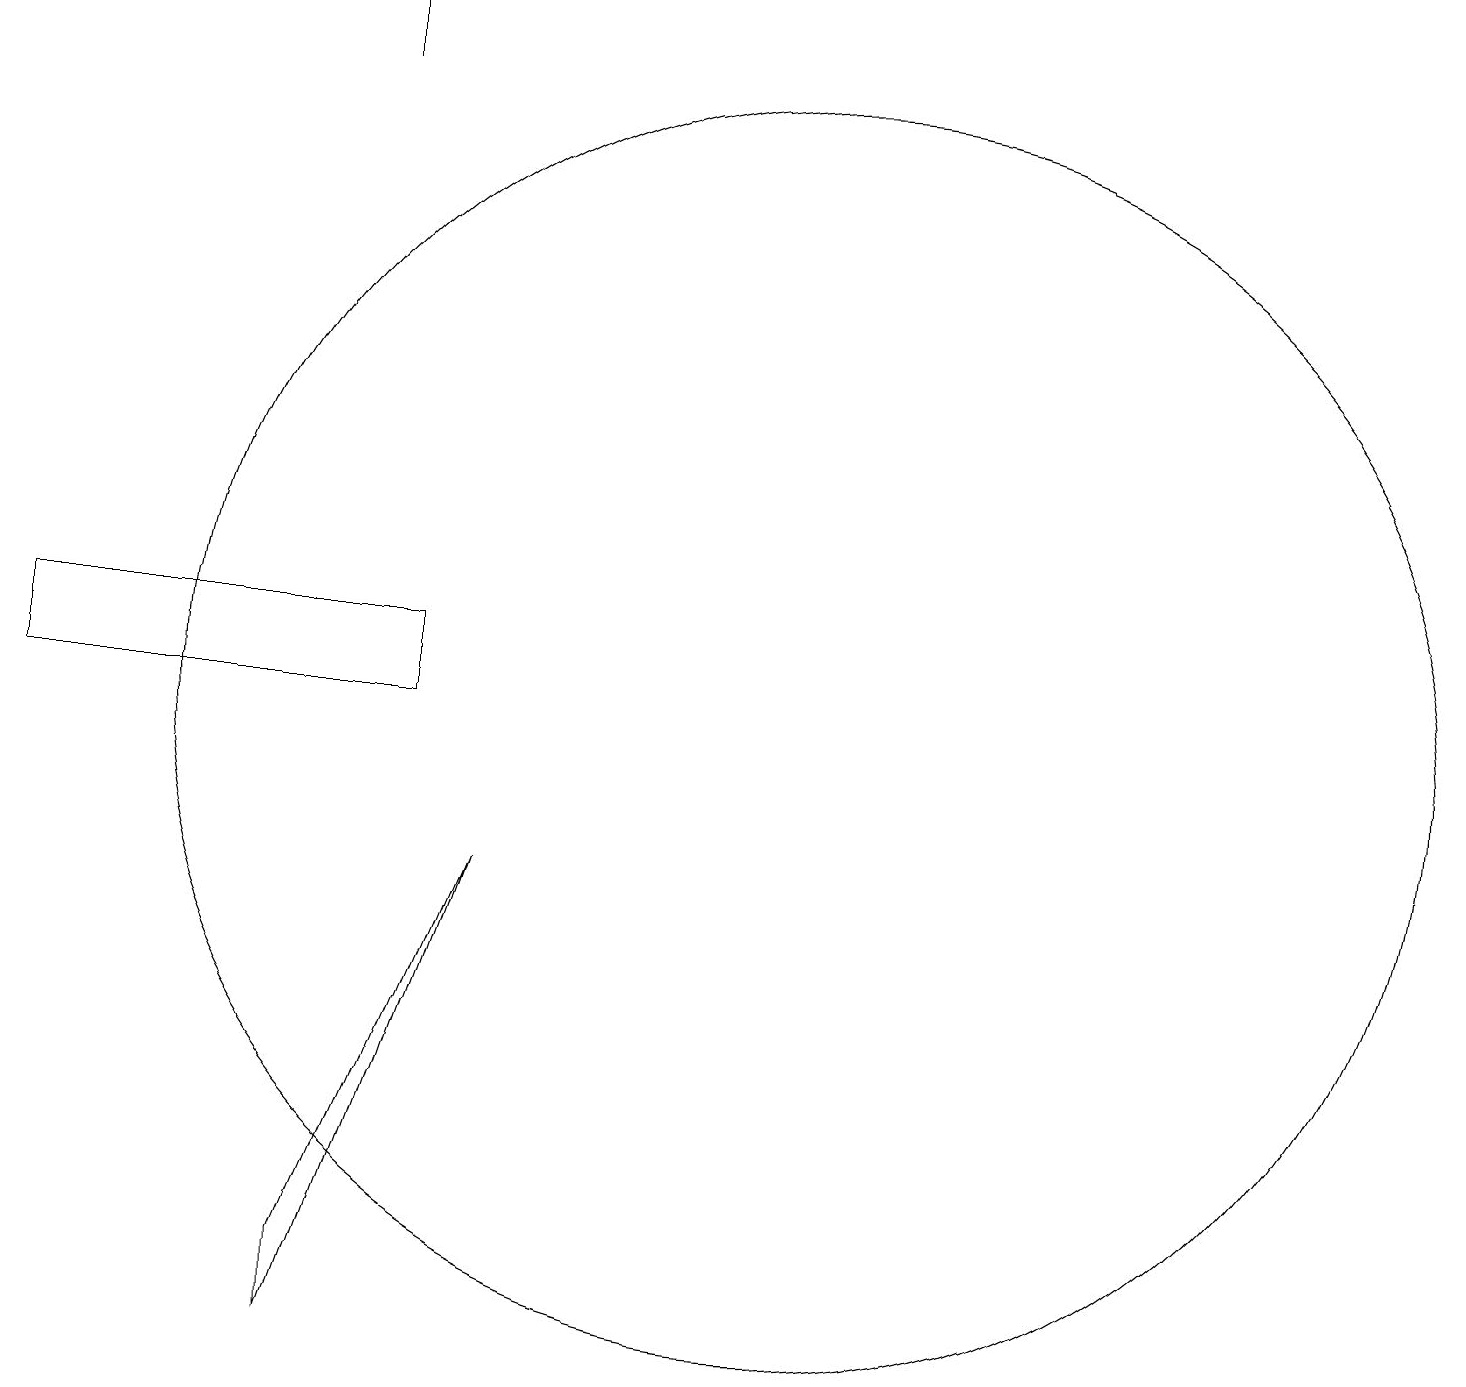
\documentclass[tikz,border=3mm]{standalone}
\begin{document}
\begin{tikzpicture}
\draw (11,10) circle (8);
\draw (5,2) -- (5,3) -- (7,8) -- cycle;
\draw (6,11) rectangle (1,10);
\draw (5,18) rectangle (5,19);
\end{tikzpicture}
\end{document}